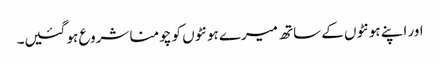
اور اپنے ہونٹوں کے ساتھ میرے ہونٹوں کو چومنا شروع ہو گئیں۔